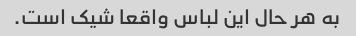
به هر حال این لباس واقعا شیک است.